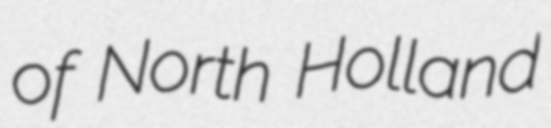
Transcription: of North Holland